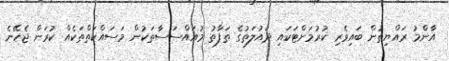
އާންމު ރައްޔިތުން ބައިވެރި ކުރުމަށްޓަކައި ދައުލަތުގެ ތަފާތު މުއައްސަސާތަކުން މަސައްކަތްތަކެއް ކުރަން ޖެހޭނެ